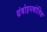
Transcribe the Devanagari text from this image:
थ्रंबोइमबोलिक